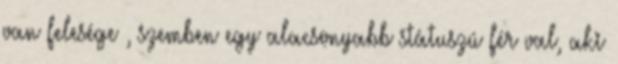
van felesége , szemben egy alacsonyabb státuszú férﬁval, aki